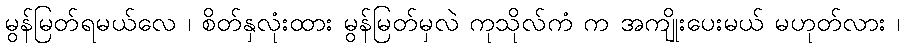
မွန်မြတ်ရမယ်လေ ၊ စိတ်နှလုံးထား မွန်မြတ်မှလဲ ကုသိုလ်ကံ က အကျိုးပေးမယ် မဟုတ်လား ၊